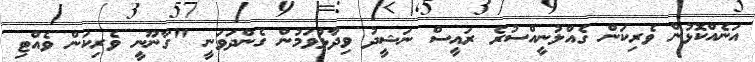
އަނެއްކޮޅުން ވެރިކަން ގެއްލުނީއްސުރެ ރައީސް ނަޝީދު ވިދާޅުވަމުން ގެންދަވަނީ "ގާނޫނީ ވެރިކަން ވެއްޓި